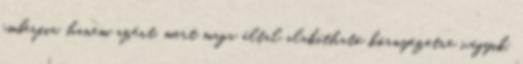
emberfia, hanem azért, mert maga által alakítható környezetre vágyik,